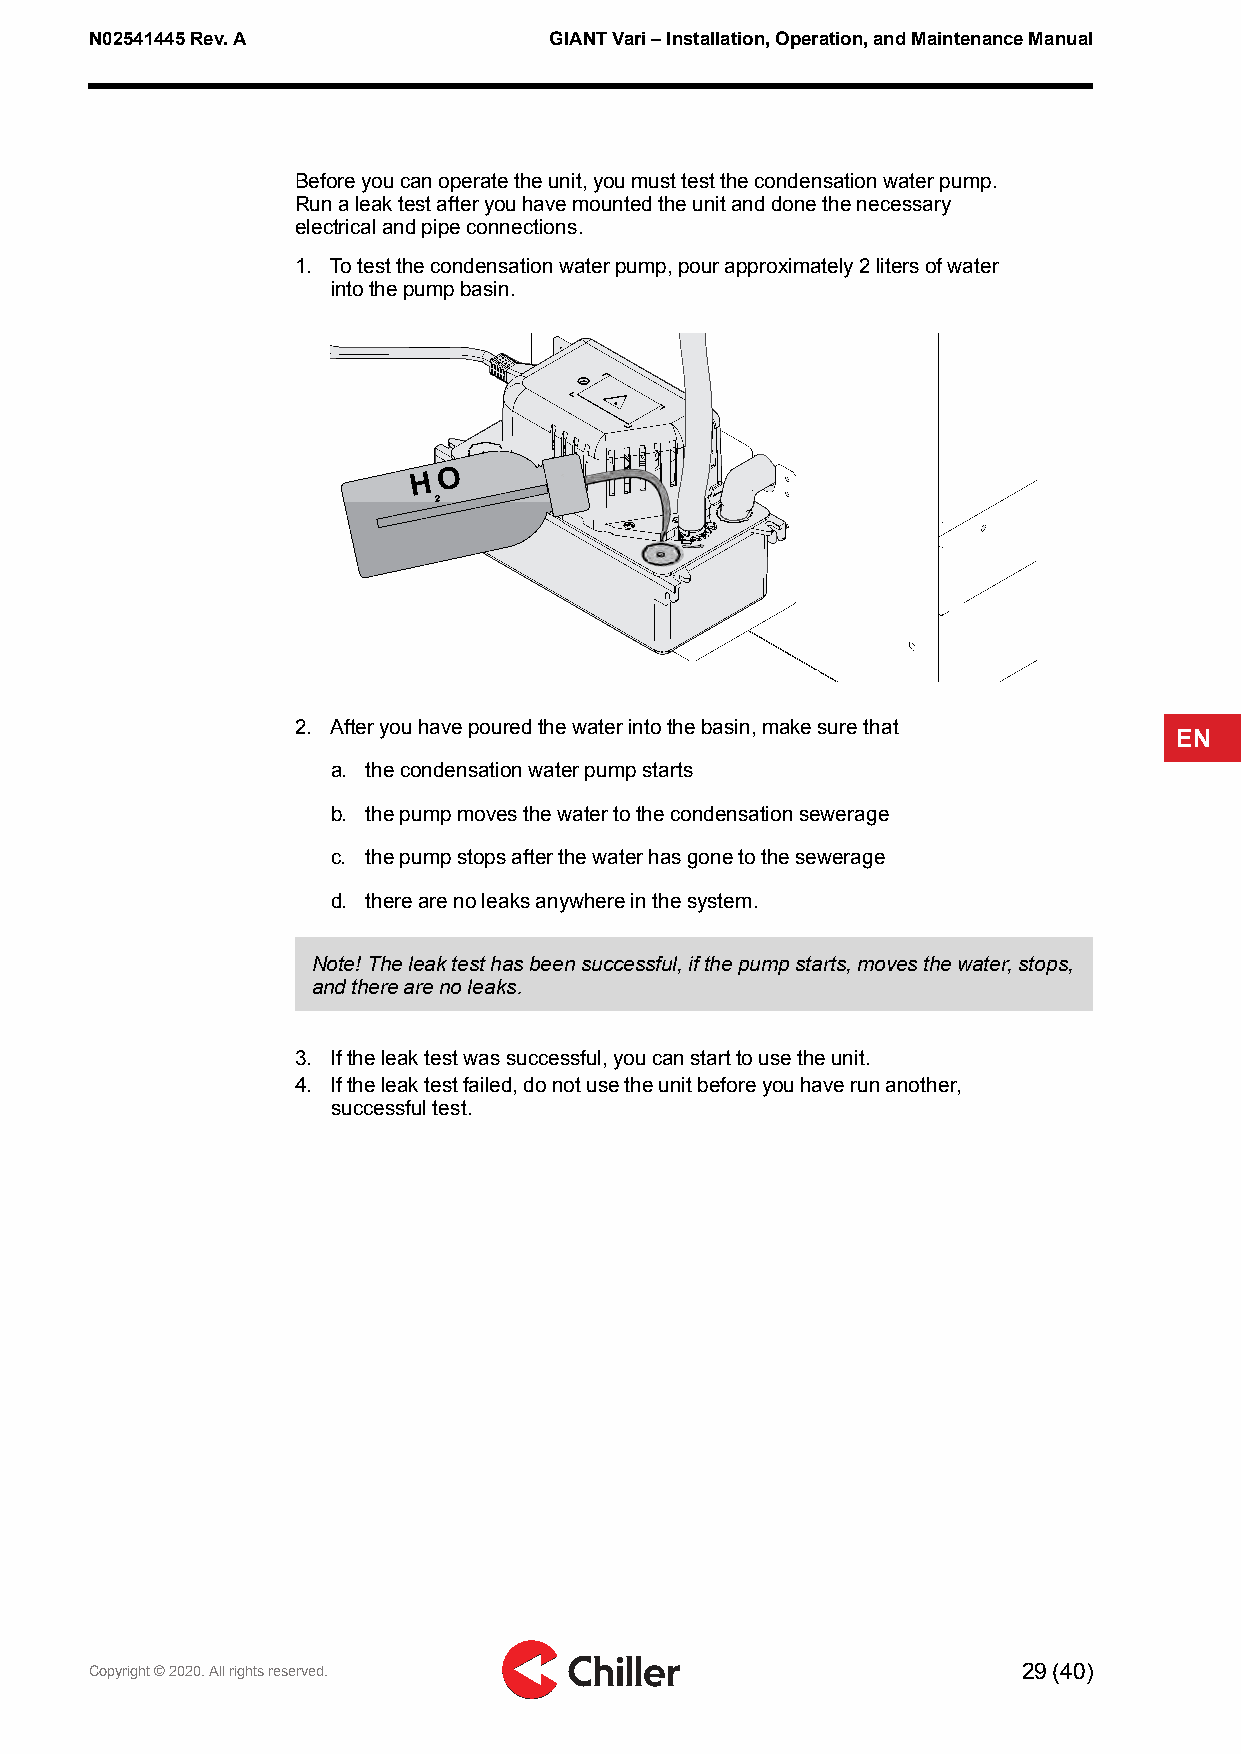
N02541445Rev.A                GIANTVari–Installation,Operation,andMaintenanceManual
 Beforeyoucanoperatetheunit,youmusttestthecondensationwaterpump.
 Runaleaktestafteryouhavemountedtheunitanddonethenecessary
 electricalandpipeconnections.
 1. Totestthecondensationwaterpump,pourapproximately2litersofwater
 intothepumpbasin.
 2. Afteryouhavepouredthewaterintothebasin,makesurethat
 EN
 a. thecondensationwaterpumpstarts
 b. thepumpmovesthewatertothecondensationsewerage
 c. thepumpstopsafterthewaterhasgonetothesewerage
 d. therearenoleaksanywhereinthesystem.
 Note!Theleaktesthasbeensuccessful,ifthepumpstarts,movesthewater,stops,
 andtherearenoleaks.
 3. Iftheleaktestwassuccessful,youcanstarttousetheunit.
 4. Iftheleaktestfailed,donotusetheunitbeforeyouhaverunanother,
 successfultest.
 Copyright©2020.Allrightsreserved.                             29(40)